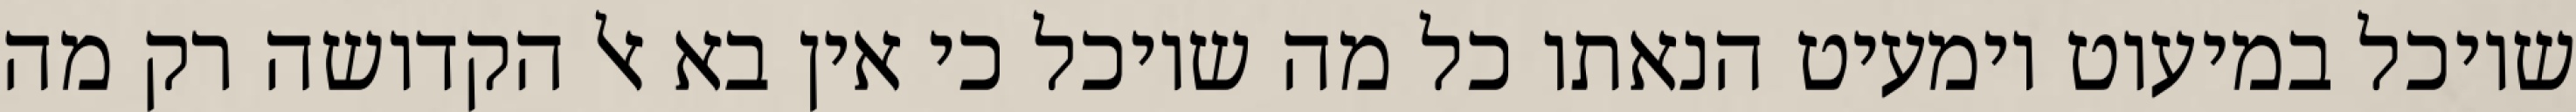
שיוכל במיעוט וימעיט הנאתו כל מה שיוכל כי אין בא אל הקדושה רק מה